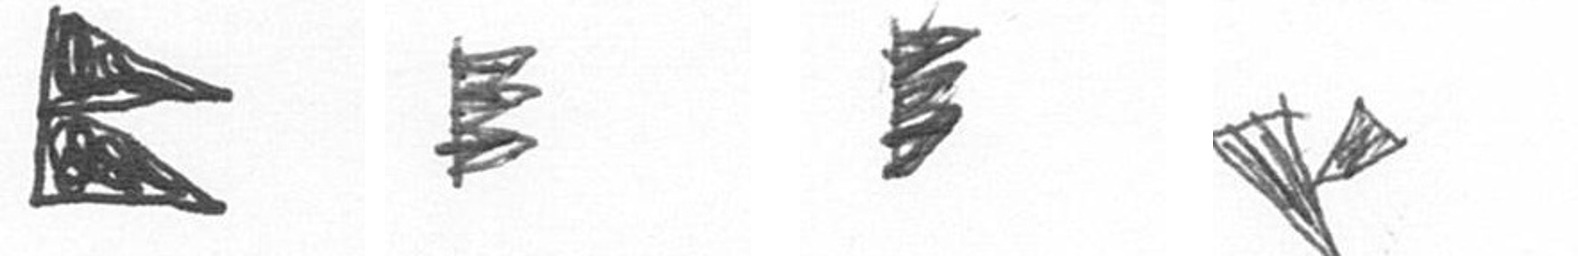
P H H F